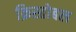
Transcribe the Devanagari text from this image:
क्रिस्तोबल